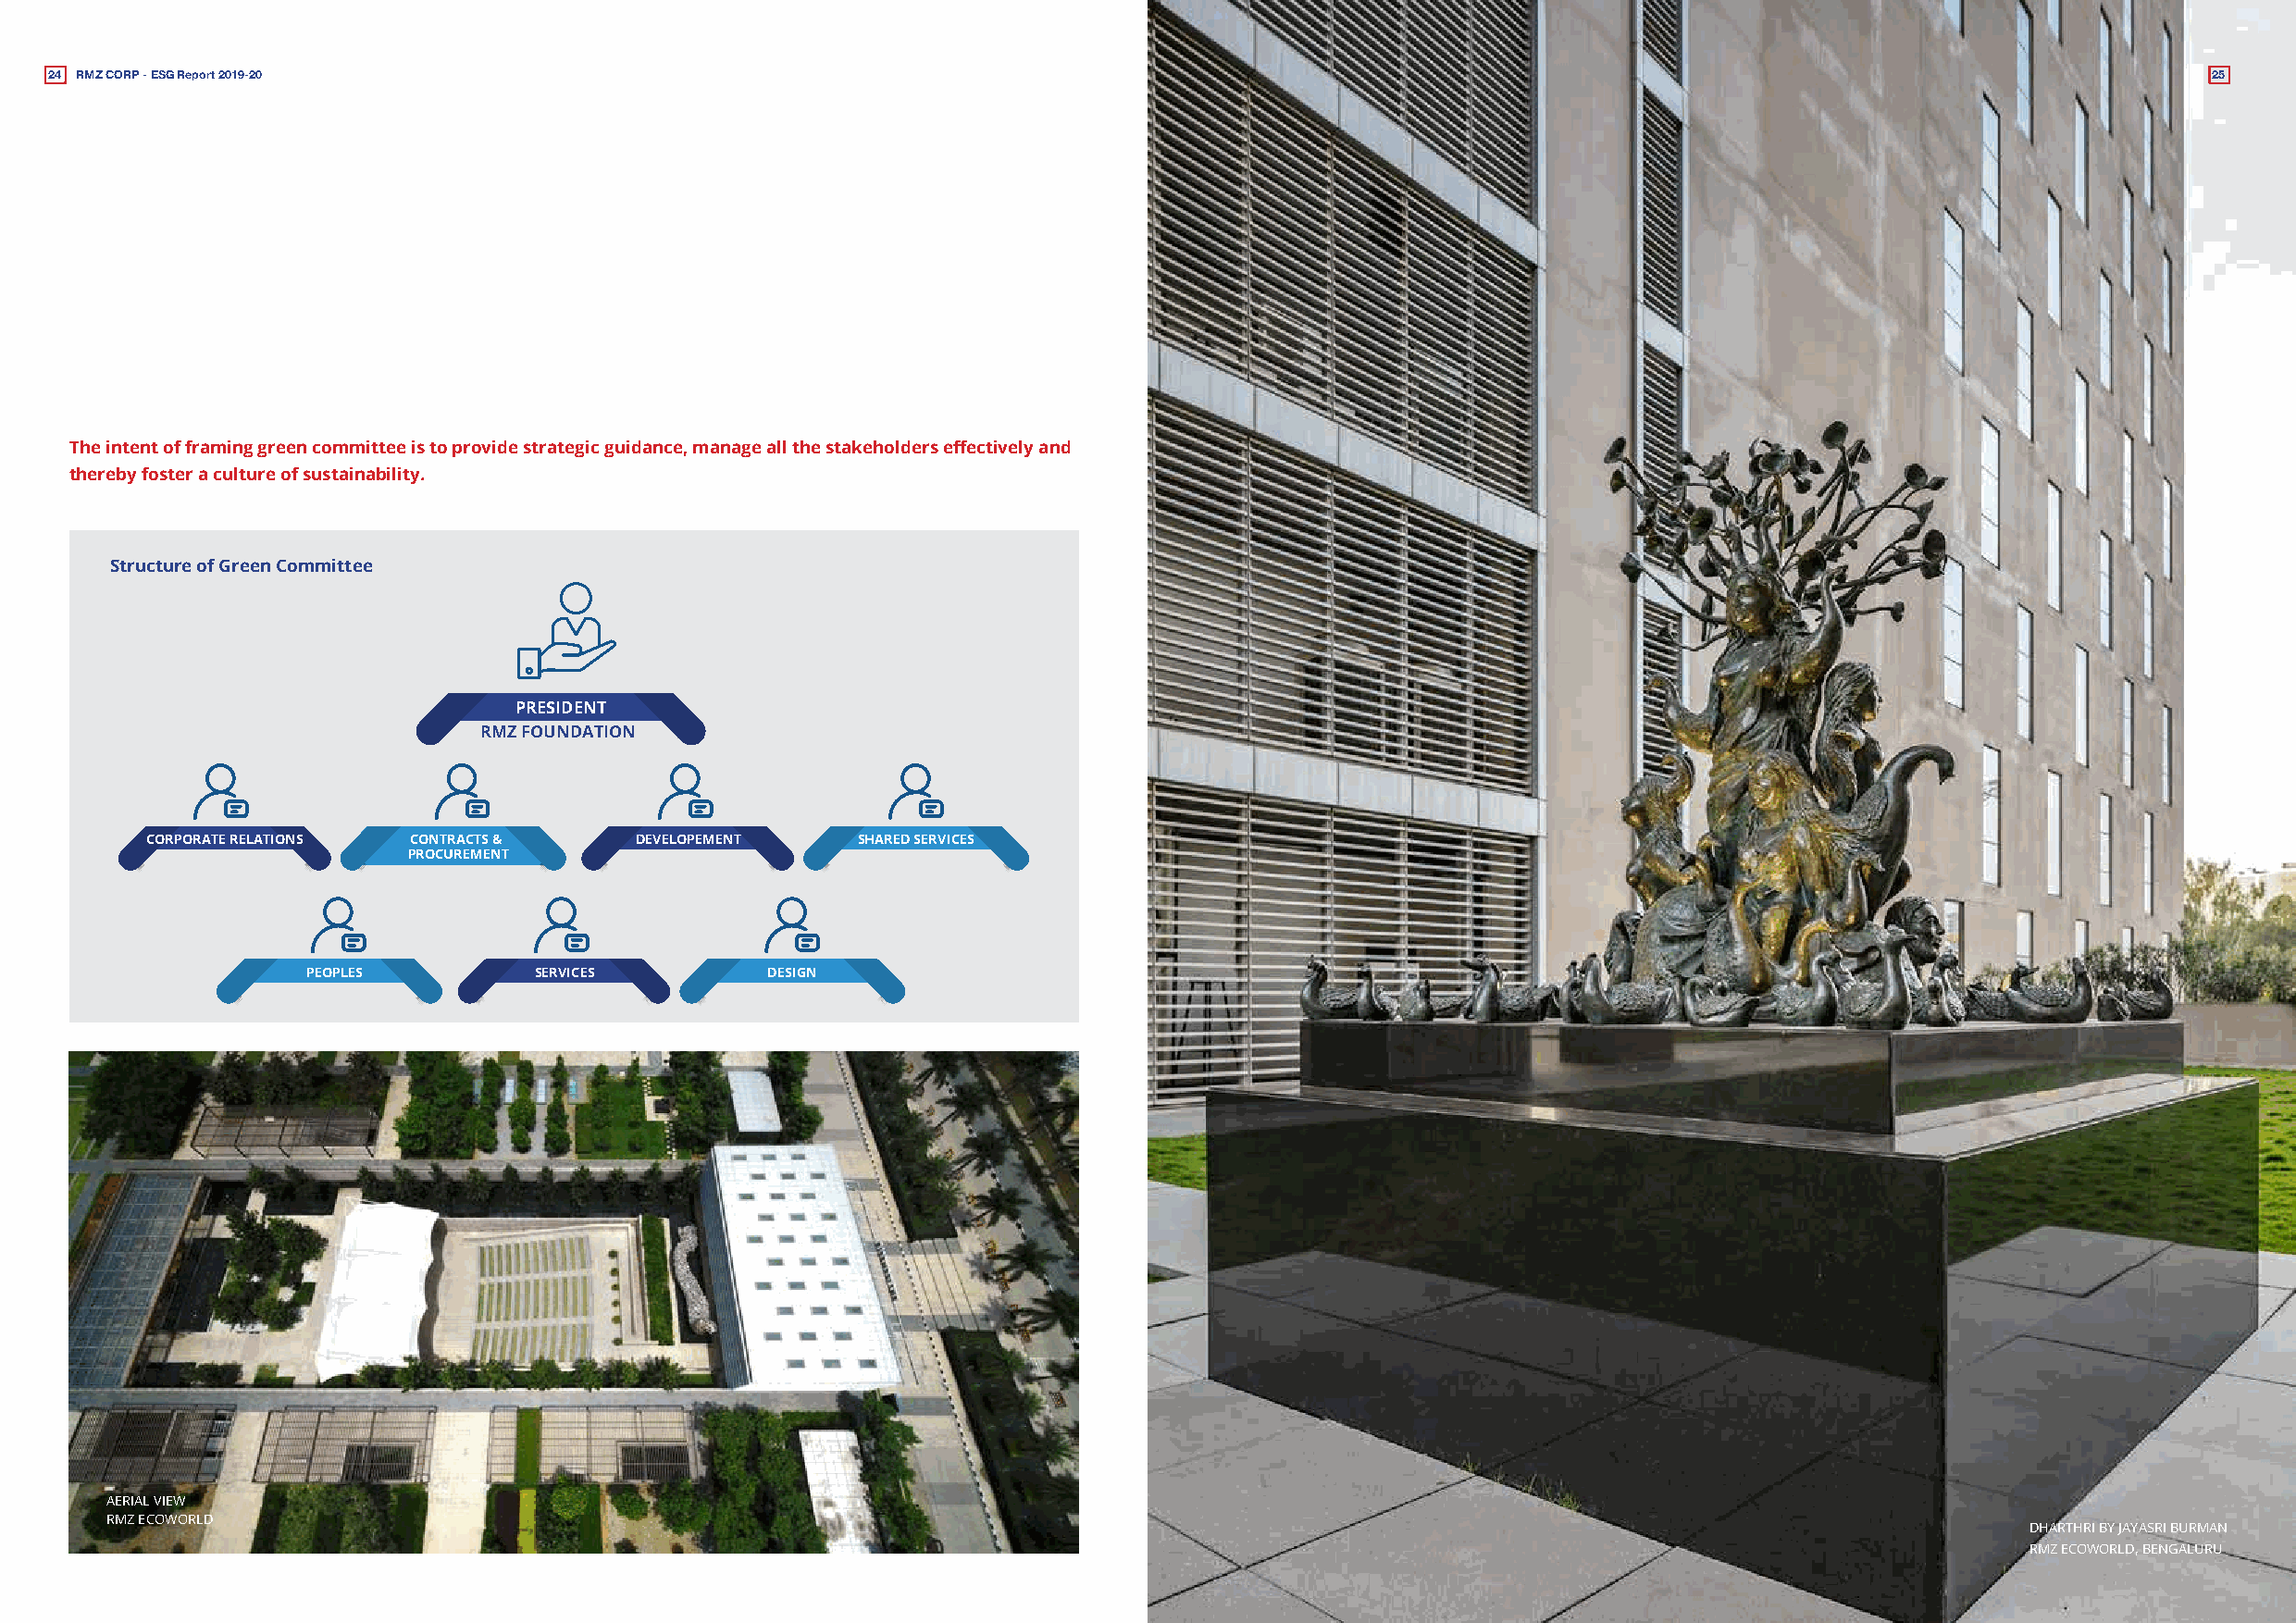
24 RMZ CORP - ESG Report 2019-20                                                                                                                           25
 The intent of framing green committee is to provide strategic guidance, manage all the stakeholders effectively and
 thereby foster a culture of sustainability.
 Structure of Green Committee
 PRESIDENT
 RMZ FOUNDATION
 CORPORATE RELATIONS CONTRACTS &    DEVELOPEMENT    SHARED SERVICES
 PROCUREMENT
 PEOPLES         SERVICES         DESIGN
 AERIAL VIEW
 RMZ ECOWORLD
 DHARTHRI BY JAYASRI BURMAN
 RMZ ECOWORLD, BENGALURU